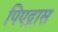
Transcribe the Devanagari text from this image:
पिएद्रास